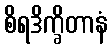
စိရဒိက္ခိတာနံ